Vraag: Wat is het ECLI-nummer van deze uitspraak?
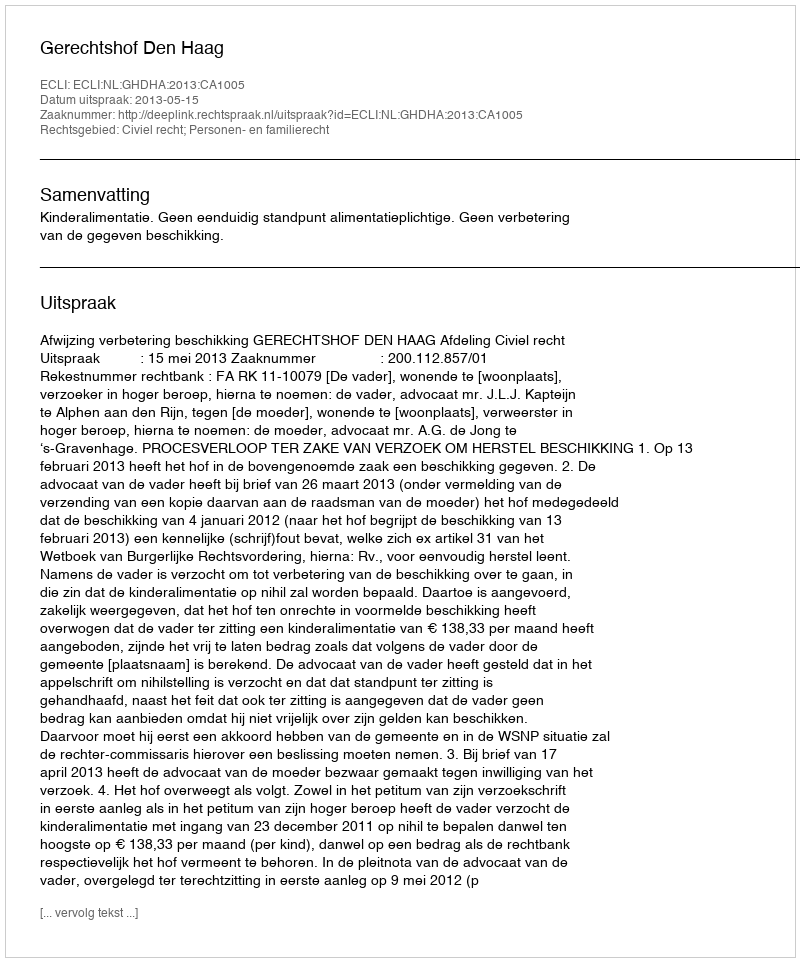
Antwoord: ECLI:NL:GHDHA:2013:CA1005